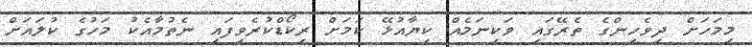
މިމަހަށް ދިވެހިންގެ ތެރޭގައި ވަކިނަމެއް ކިޔާއުޅޭ ކަމަށް ރިކޯޑްކުރެވިފައި ނެތުމާއެކު މަހުގެ ކުލައަށް